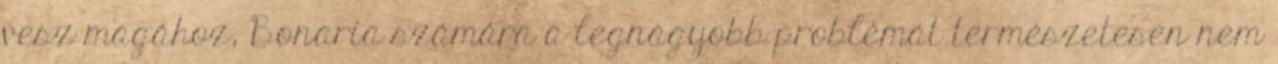
vesz magához, Bonaria számára a legnagyobb problémát természetesen nem